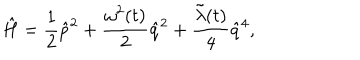
LaTeX: \hat { H } = \frac { 1 } { 2 } \hat { p } ^ { 2 } + \frac { { \omega } ^ { 2 } ( t ) } { 2 } \hat { q } ^ { 2 } + \frac { \tilde { \lambda } ( t ) } { 4 } \hat { q } ^ { 4 } ,